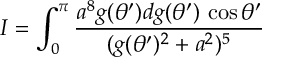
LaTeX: I = \int _ { 0 } ^ { \pi } { \frac { a ^ { 8 } g ( \theta ^ { \prime } ) d g ( \theta ^ { \prime } ) \, \cos \theta ^ { \prime } } { ( g ( \theta ^ { \prime } ) ^ { 2 } + a ^ { 2 } ) ^ { 5 } } }